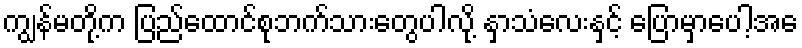
ကျွန်မတို့က ပြည်ထောင်စုဘက်သားတွေပါလို့ နှာသံလေးနှင့် ပြောမှာပေါ့အေ